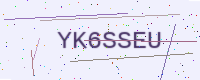
Text: YK6SSEU